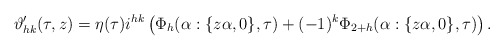
\begin{align*} \vartheta_{hk}' (\tau ,z)=\eta (\tau)i^{hk} \left(\Phi_{h} (\alpha : \{z\alpha ,0 \},\tau)+(-1)^{k} \Phi_{2+h}(\alpha : \{z\alpha ,0 \},\tau)\right). \end{align*}